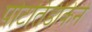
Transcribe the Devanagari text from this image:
पोटतिडीकेने